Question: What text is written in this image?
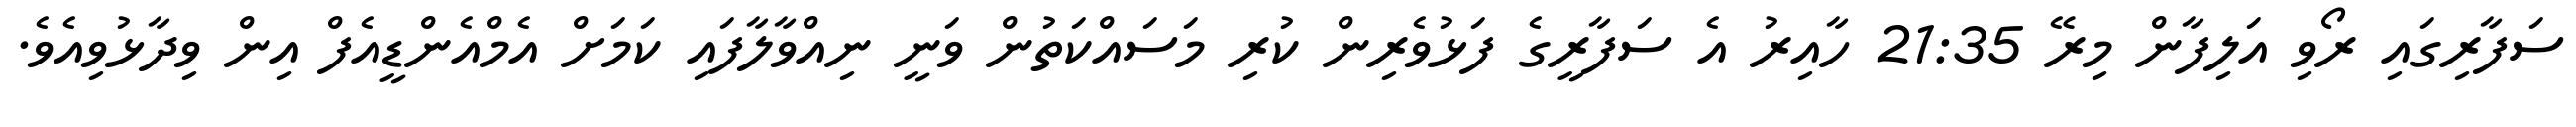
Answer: ސަފާރިގައި ރޯވި އަލިފާން މިރޭ 21:35 ހާއިރު އެ ސަފާރީގެ ފަޅުވެރިން ކުރި މަސައްކަތުން ވަނީ ނިއްވާލާފައި ކަމަށް އެމްއެންޑީއެފް އިން ވިދާޅުވިއެވެ.